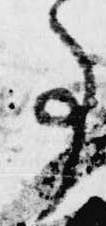
事